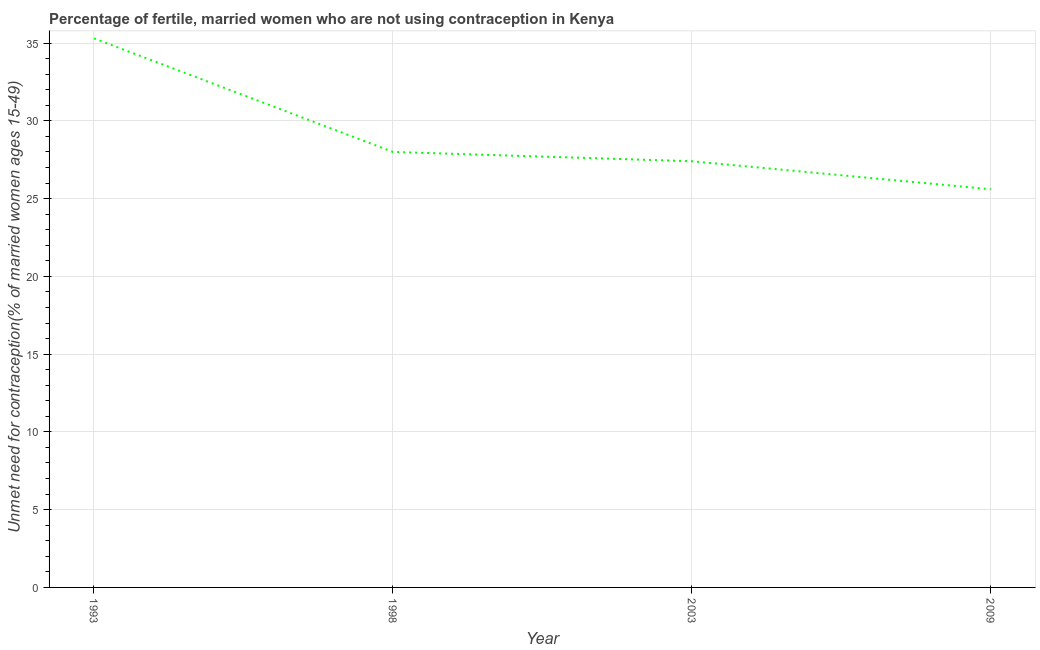
| Year | Unmet need for contraception |
 | --- | --- |
 | 1993 | 35.3 |
 | 1998 | 28 |
 | 2003 | 27.4 |
 | 2009 | 25.6 |